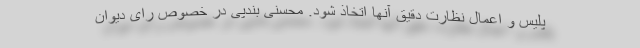
پلیس و اعمال نظارت دقیق آنها اتخاذ شود. محسنی بندپی در خصوص رای دیوان